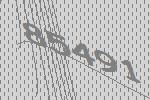
85491